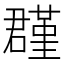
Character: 𡂬